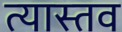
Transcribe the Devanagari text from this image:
त्यास्तव